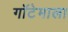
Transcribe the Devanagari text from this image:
गॉटेमाला